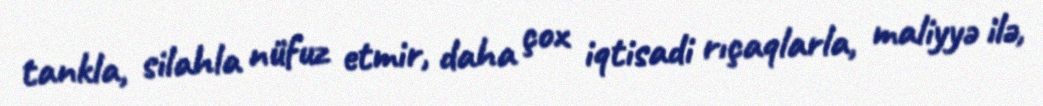
tankla, silahla nüfuz etmir, daha çox iqtisadi rıçaqlarla, maliyyə ilə,